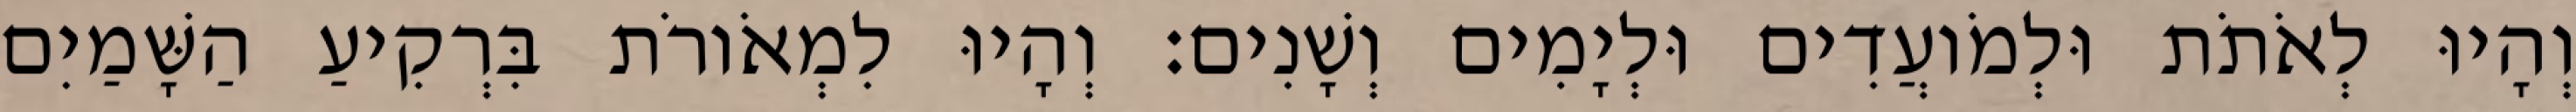
וְהָיוּ לְאֹתֹת וּלְמֹועֲדִים וּלְיָמִים וְשָׁנִים׃ וְהָיוּ לִמְאֹורֹת בִּרְקִיעַ הַשָּׁמַיִם